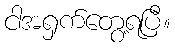
ငါအရှက်တွေ့ရပြီ။